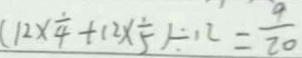
( 1 2 \times \frac { 1 } { 4 } + 1 2 \times \frac { 1 } { 5 } ) \div 1 2 = \frac { 9 } { 2 0 }